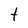
Character: t